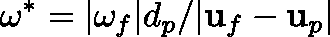
\omega ^ { \ast } = | \mathbf { \omega } _ { f } | d _ { p } / | \mathbf { u } _ { f } - \mathbf { u } _ { p } |